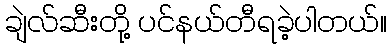
ချဲလ်ဆီးတို့ ပင်နယ်တီရခဲ့ပါတယ်။